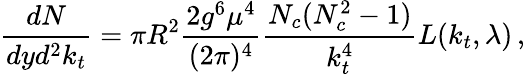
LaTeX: {\frac{dN}{dyd^{2}k_{t}}}=\pi R^{2}{\frac{2g^{6}\mu^{4}}{(2\pi)^{4}}}{\frac{N_{c}(N_{c}^{2}-1)}{k_{t}^{4}}}L(k_{t},\lambda)\, ,